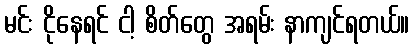
မင်း ငိုနေရင် ငါ့ စိတ်တွေ အရမ်း နာကျင်ရတယ်။